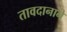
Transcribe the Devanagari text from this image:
तावदानाने